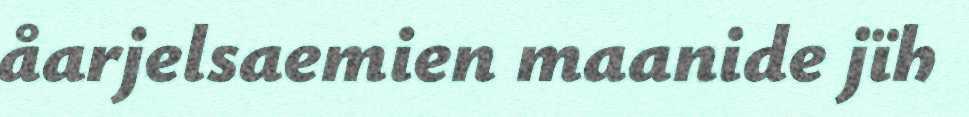
åarjelsaemien maanide jïh